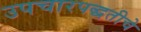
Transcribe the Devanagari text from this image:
उपचारपद्धतीचे